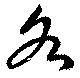
各